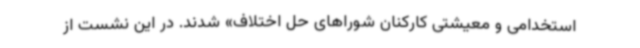
استخدامی و معیشتی کارکنان شوراهای حل اختلاف» شدند. در این نشست از